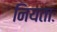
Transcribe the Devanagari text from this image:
नियताः